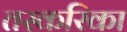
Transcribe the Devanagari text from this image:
तस्करिका